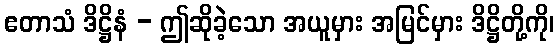
ဧတာသံ ဒိဋ္ဌိနံ - ဤဆိုခဲ့သော အယူမှား အမြင်မှား ဒိဋ္ဌိတို့ကို၊